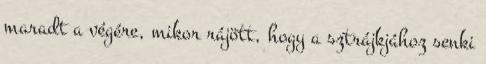
maradt a végére, mikor rájött, hogy a sztrájkjához senki